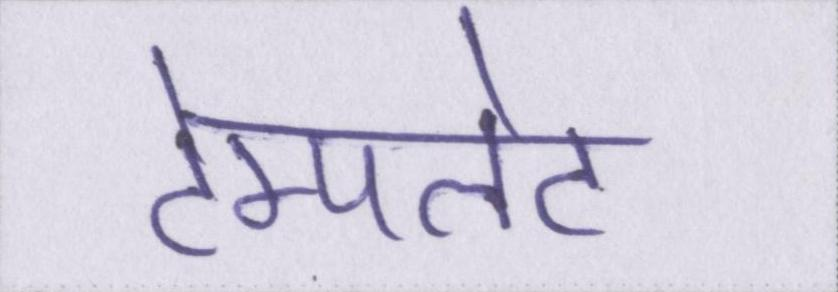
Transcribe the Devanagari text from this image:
टेम्पलेट